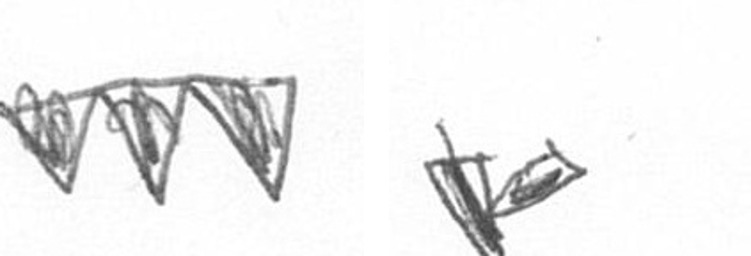
L F